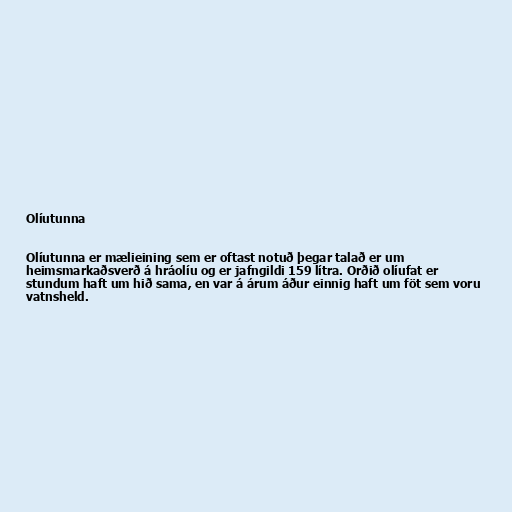
Olíutunna

Olíutunna er mælieining sem er oftast notuð þegar talað er um
heimsmarkaðsverð á hráolíu og er jafngildi 159 lítra. Orðið olíufat er
stundum haft um hið sama, en var á árum áður einnig haft um föt sem voru
vatnsheld.